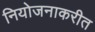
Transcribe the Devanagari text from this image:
नियोजनाकरीत